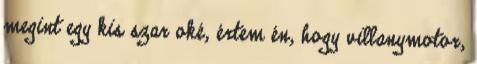
megint egy kis szar oké, értem én, hogy villanymotor,